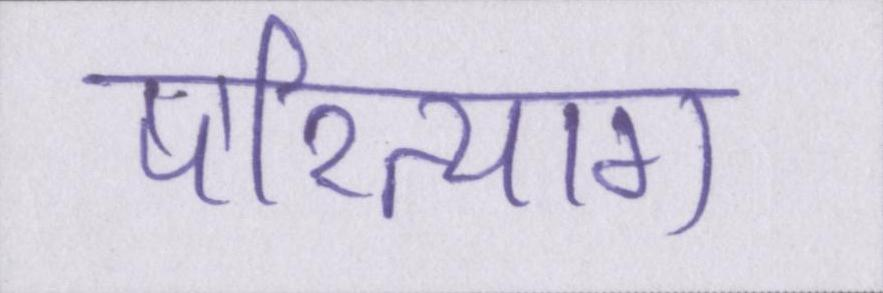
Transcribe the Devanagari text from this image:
परित्याग